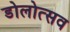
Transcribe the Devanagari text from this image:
डोलोत्सव